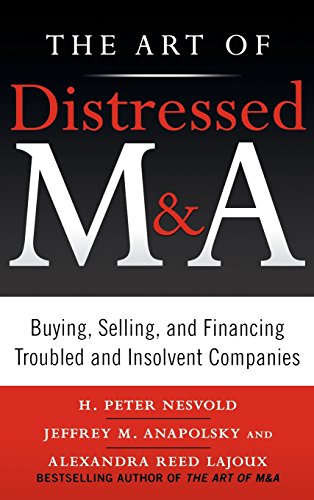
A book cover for The Art of Distressed M&A: Buying, Selling, and Financing Troubled and Insolvent Companies (Art of M&A); H. Peter Nesvold; Business & Money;